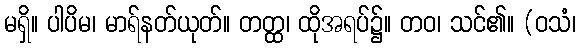
မရှိ။ ပါပိမ၊ မာရ်နတ်ယုတ်။ တတ္ထ၊ ထိုအရပ်၌။ တဝ၊ သင်၏။ (ဝသံ၊